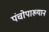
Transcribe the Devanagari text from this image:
पंचोपाख्यान